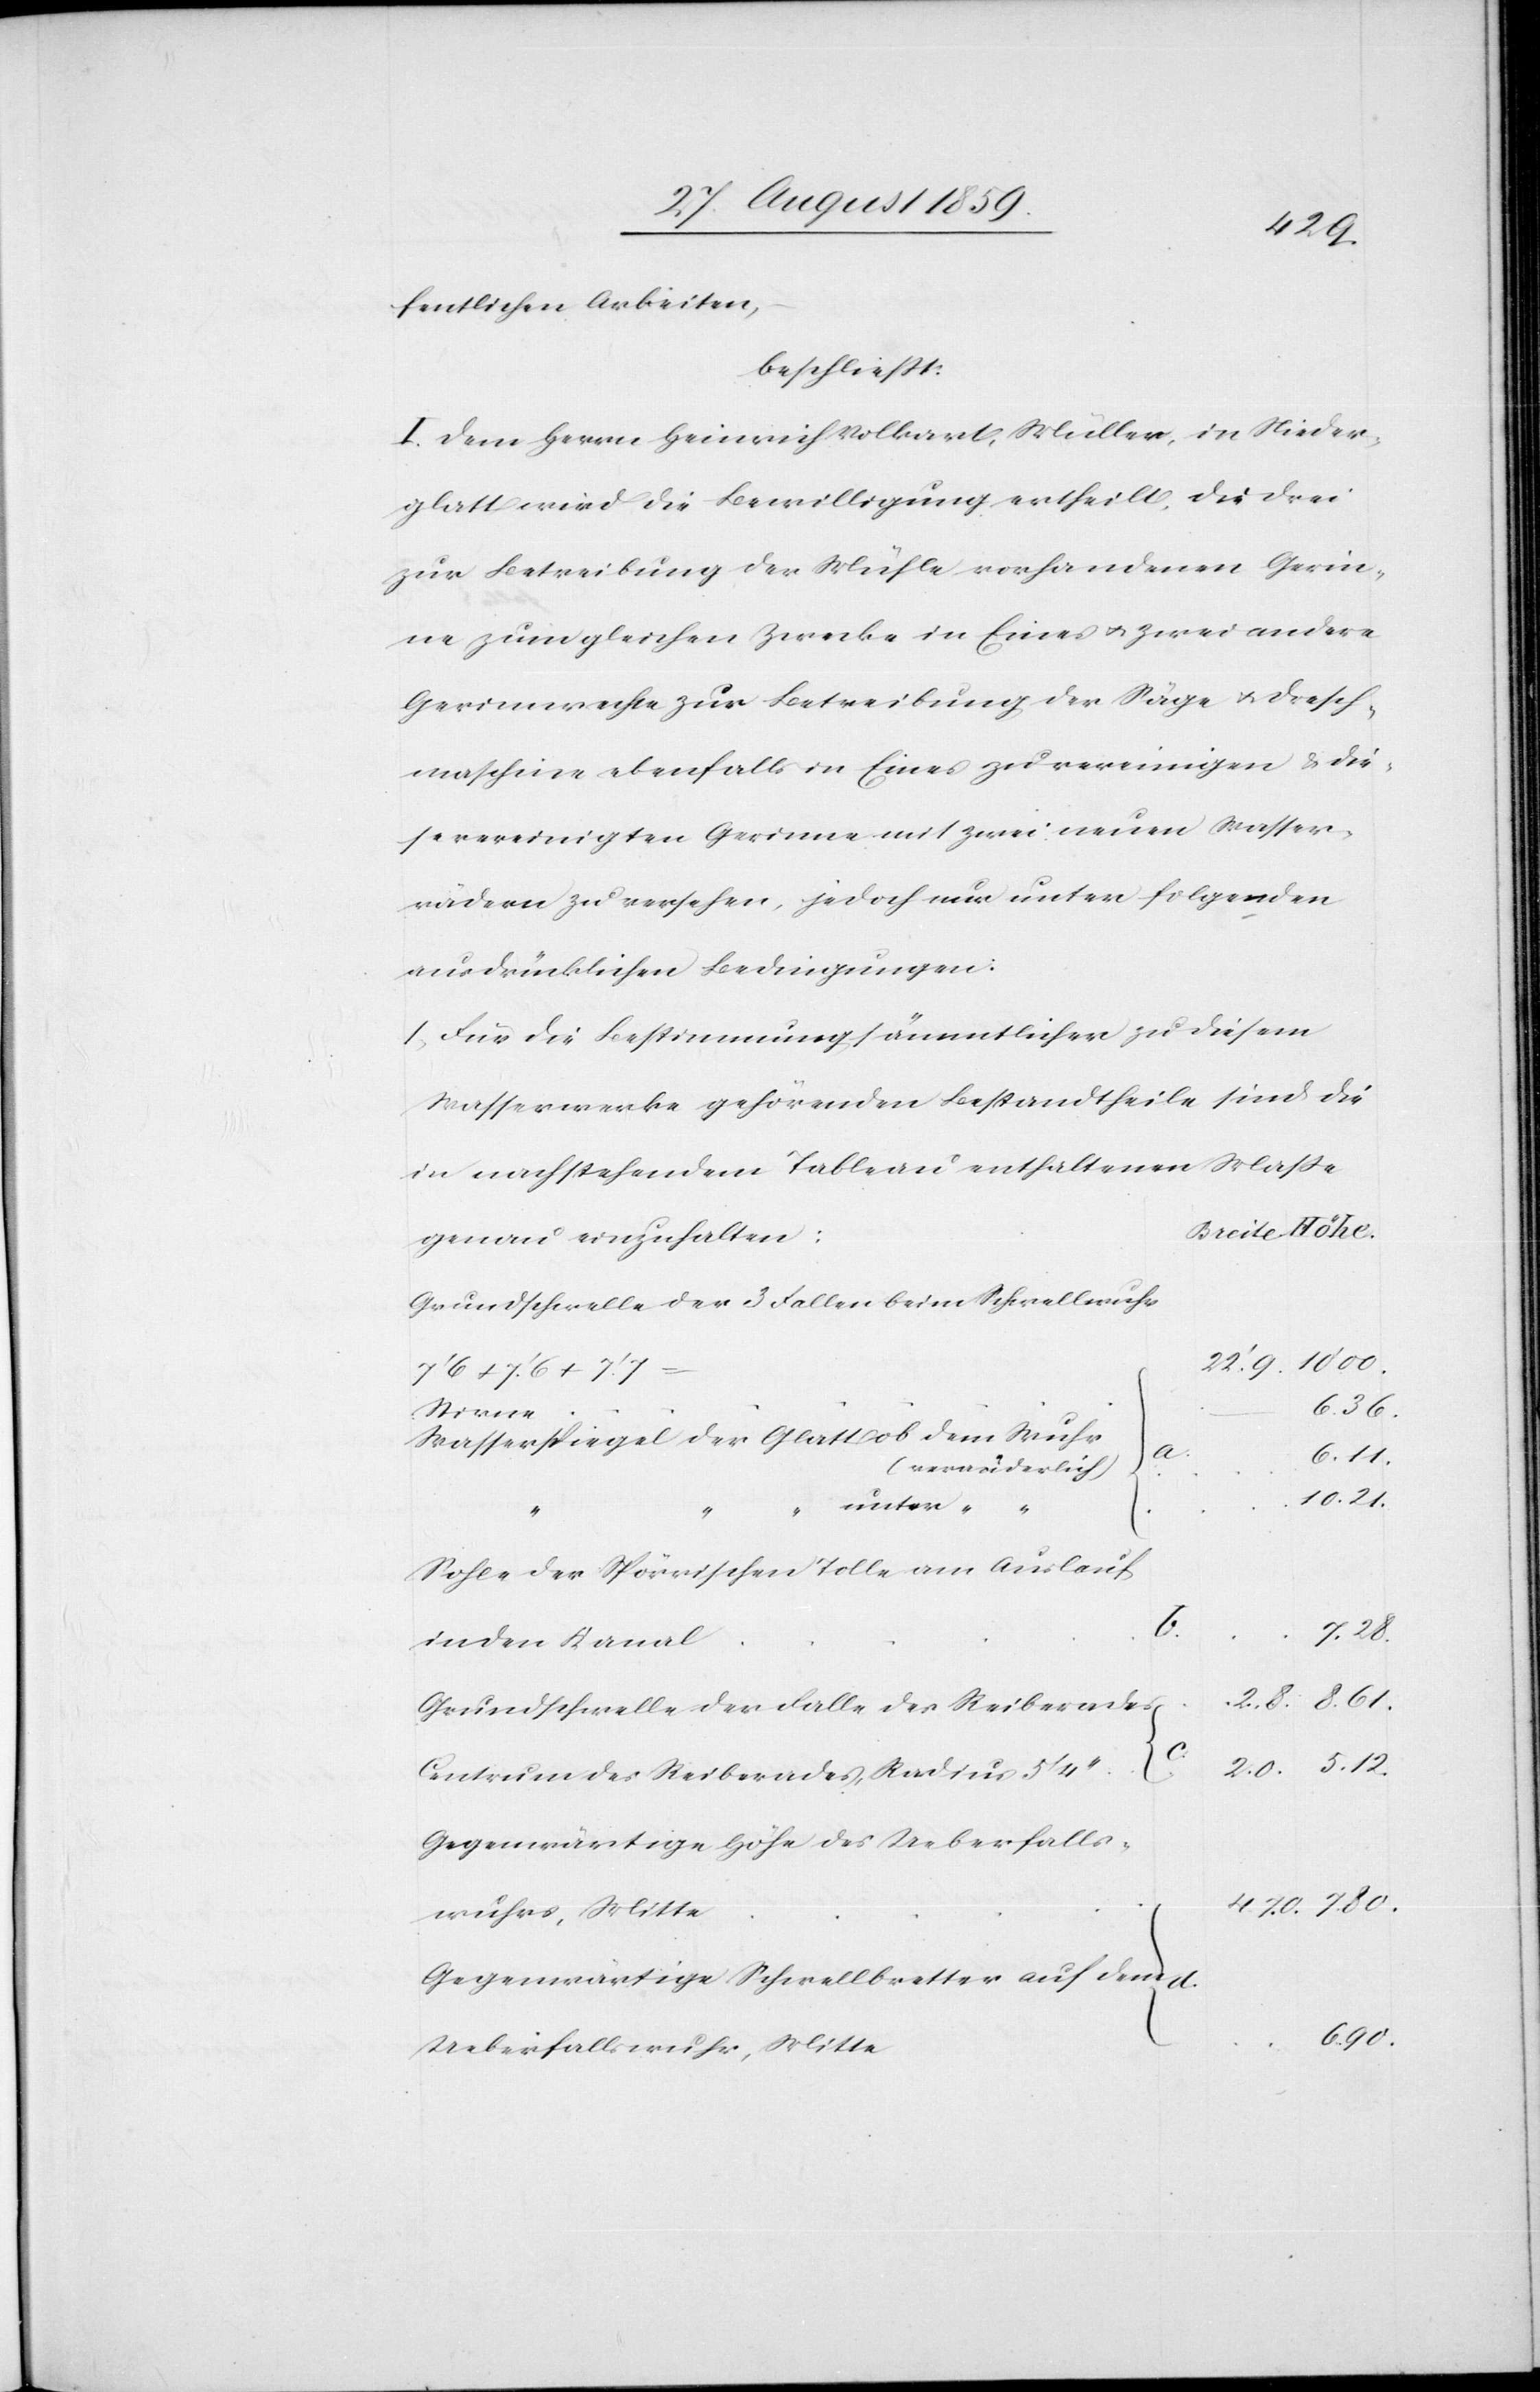
fentlichen Arbeiten,
beschließt:
I. Dem Herrn Heinrich Volkart, Müller, in Nieder¬
glatt wird die Bewilligung ertheilt, die drei
zur Betreibung der Mühle vorhandenen Gerin¬
ne zum gleichen Zwecke in Eines & zwei andere
Gerinnrechte zur Betreibung der Säge & Dresch¬
maschine ebenfalls in Eines zu vereinigten & die¬
se vereinigten Gerinne mit zwei neuen Wasser¬
rädern zu versehen, jedoch nur unter folgenden
ausdrücklichen Bedingungen:
1. Für die Bestimmung sämmtlicher zu diesem
Wasserwerke gehörenden Bestandtheile sind die
in nachstehendem Tableau enthaltenen Maße
genau einzuhalten
Grundschwelle der 3 Fallen beim Schwellwuhr
7’6 + 7’6 + 7’7
6.90.
Stirne
Wasserspiegel der Glatt ob dem Wuhr
(veränderlich)
10.21.
unter “
“
a.
Sohle der Spörrischen Tolle am Auslauf
d.
7.80.
in den Kanal
Grundschwelle der Falle des Reiberades
Centrum des Reiberades, Radius
Gegenwärtige Höhe des Ueberfalls¬
wuhrs, Mitte
Gegenwärtige Schwellbretter auf dem
Ueberfallswuhr, Mitte